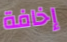
إخافة